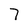
Character: 7